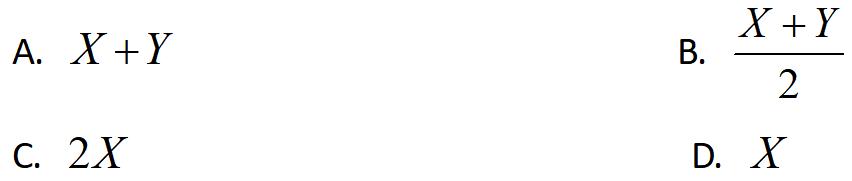
A. \(X + Y\)
B. \(\frac{X + Y}{2}\)
C. \(2X\)
D. \(X\)